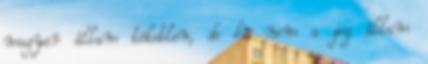
magyar állam töketlen, de ha nem a jog állam